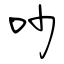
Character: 吵